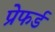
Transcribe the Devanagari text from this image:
प्रेफर्ड